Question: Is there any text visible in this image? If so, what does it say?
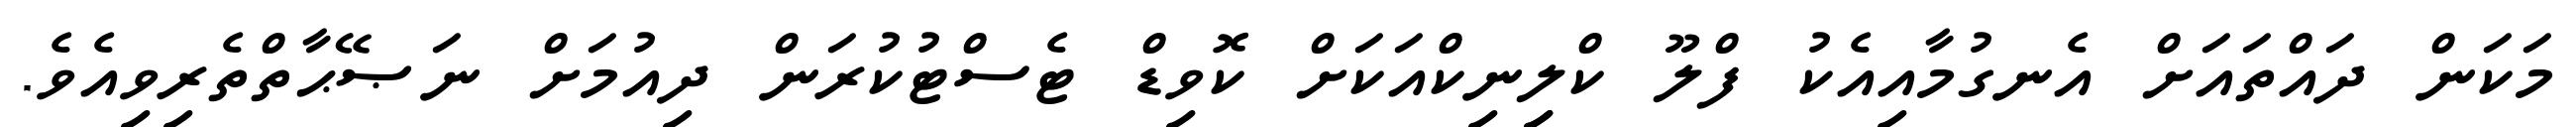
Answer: މަކަން ދައްތައަށް އެނގުމާއިއެކު ފްލޫ ކްލިިނިކްއަކަށް ކޮވިޑް ޓެސްޓުކުރަން ދިއުމަށް ނަޞޭޙާތްތެރިވިއެވެ.